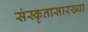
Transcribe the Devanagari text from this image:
संस्कृतासारख्या